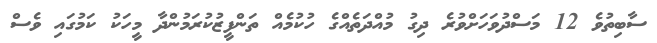
ސާބިތުވެ 12 މަސްދުވަހަށްވުރެ ދިގު މުއްދަތެއްގެ ހުކުމެއް ތަންފީޒުކުރަމުންދާ މީހަކު ކަމުގައި ވެސް